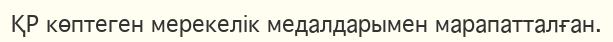
ҚР көптеген мерекелік медалдарымен марапатталған.